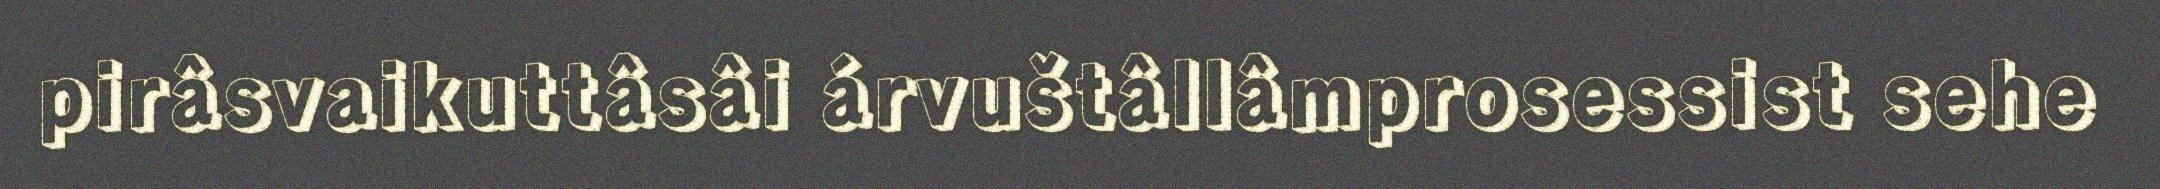
pirâsvaikuttâsâi árvuštâllâmprosessist sehe